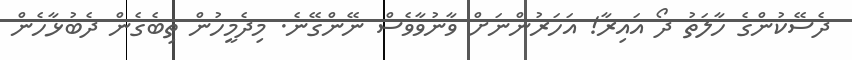
ދެސޭކުންގެ ހާލަތު ދޯ އައިރާ! އަހަރުންނަށް ވާނުވާވެސް ނޭންގޭނެ. މިދެމީހުން ތިބެގެން ދެބުޅާހެން